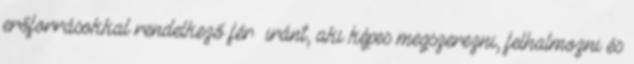
erőforrásokkal rendelkező férﬁ iránt, aki képes megszerezni, felhalmozni és